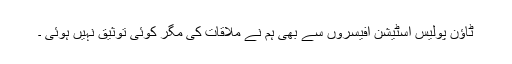
ٹاؤن پولیس اسٹیشن افیسروں سے بھی ہم نے ملاقات کی مگر کوئی توثیق نہیں ہوئی ۔